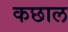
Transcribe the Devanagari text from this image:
कछाल